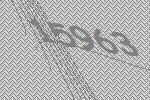
15963